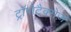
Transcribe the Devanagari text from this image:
ट्रॉपोटैक्सेज़